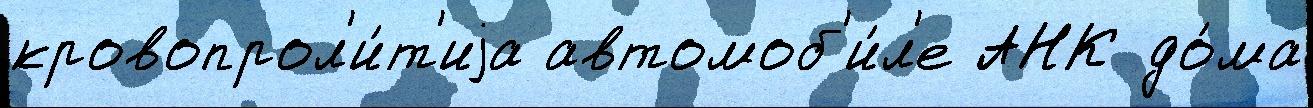
кровопрол'и́т'иjа автомоб'и́л'е АНК до́ма